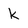
Character: k